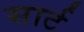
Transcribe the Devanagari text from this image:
सार्ट